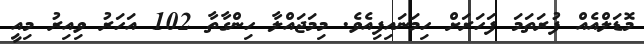
މޮޑަލްއެއް ފުރަތަމަ ފަހަރަށް ހިމަނައިފިއެވެ. މިމަޖައްލާ ހިންގާތާ 102 އަހަރު ވިއިރު މިއީ